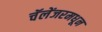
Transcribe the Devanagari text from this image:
चॅलेंजरमधून